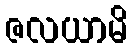
ဇလယာမိ